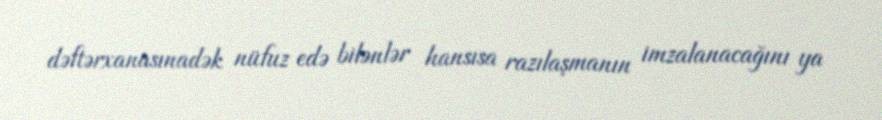
dəftərxanasınadək nüfuz edə bilənlər hansısa razılaşmanın imzalanacağını ya